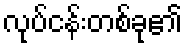
လုပ်ငန်းတစ်ခု၏